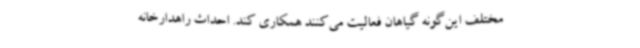
مختلف این‌گونه گیاهان فعالیت می‌کنند همکاری کند. احداث راهدارخانه